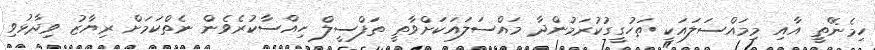
ހިމެނޭތީ އާއި މިމައްސަލައަކީ ތަހުގީގުކުރަމުންދާ މައްސަލައަކަށްވާތީ ތަފްސީލް ހިއްސާކުރެވެން ނެތްކަމަށް ރިޔާޒު ވިދާޅުވި